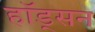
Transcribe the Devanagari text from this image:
हॉड्सन